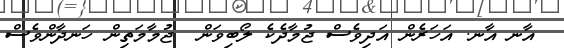
އާނ އާނ. އަހަރެން އަދިވެސް ޖުމާދެކެ ލޯބިވަން  ޖުމާމަތިން ހަނދާންވެސް